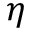
\eta